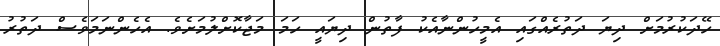
ހޭދަކުރުމަށް ދިޔަ ދަތުރެއްގައި އެމީހުންނާއެކު ފާތުން ދިޔައީ ހަމަ މަޖާކޮށްލުމަށެވެ. އެހެންނަމަވެސް ދަތުރު